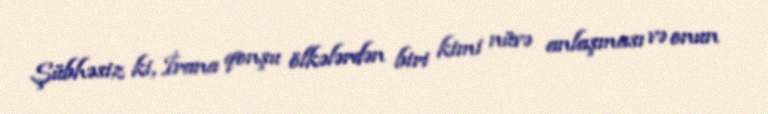
Şübhəsiz ki, İrana qonşu ölkələrdən biri kimi nüvə anlaşması və onun